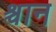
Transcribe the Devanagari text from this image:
श्चान